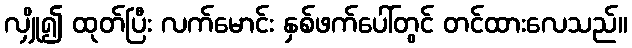
လျှို၍ ထုတ်ပြီး လက်မောင်း နှစ်ဖက်ပေါ်တွင် တင်ထားလေသည်။